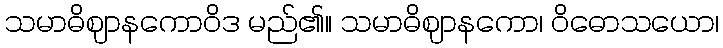
သမာဓိဈာနကောဝိဒ မည်၏။ သမာဓိဈာနကော၊ ဝိဓောသယော၊